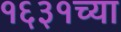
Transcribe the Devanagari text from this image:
१६३१च्या